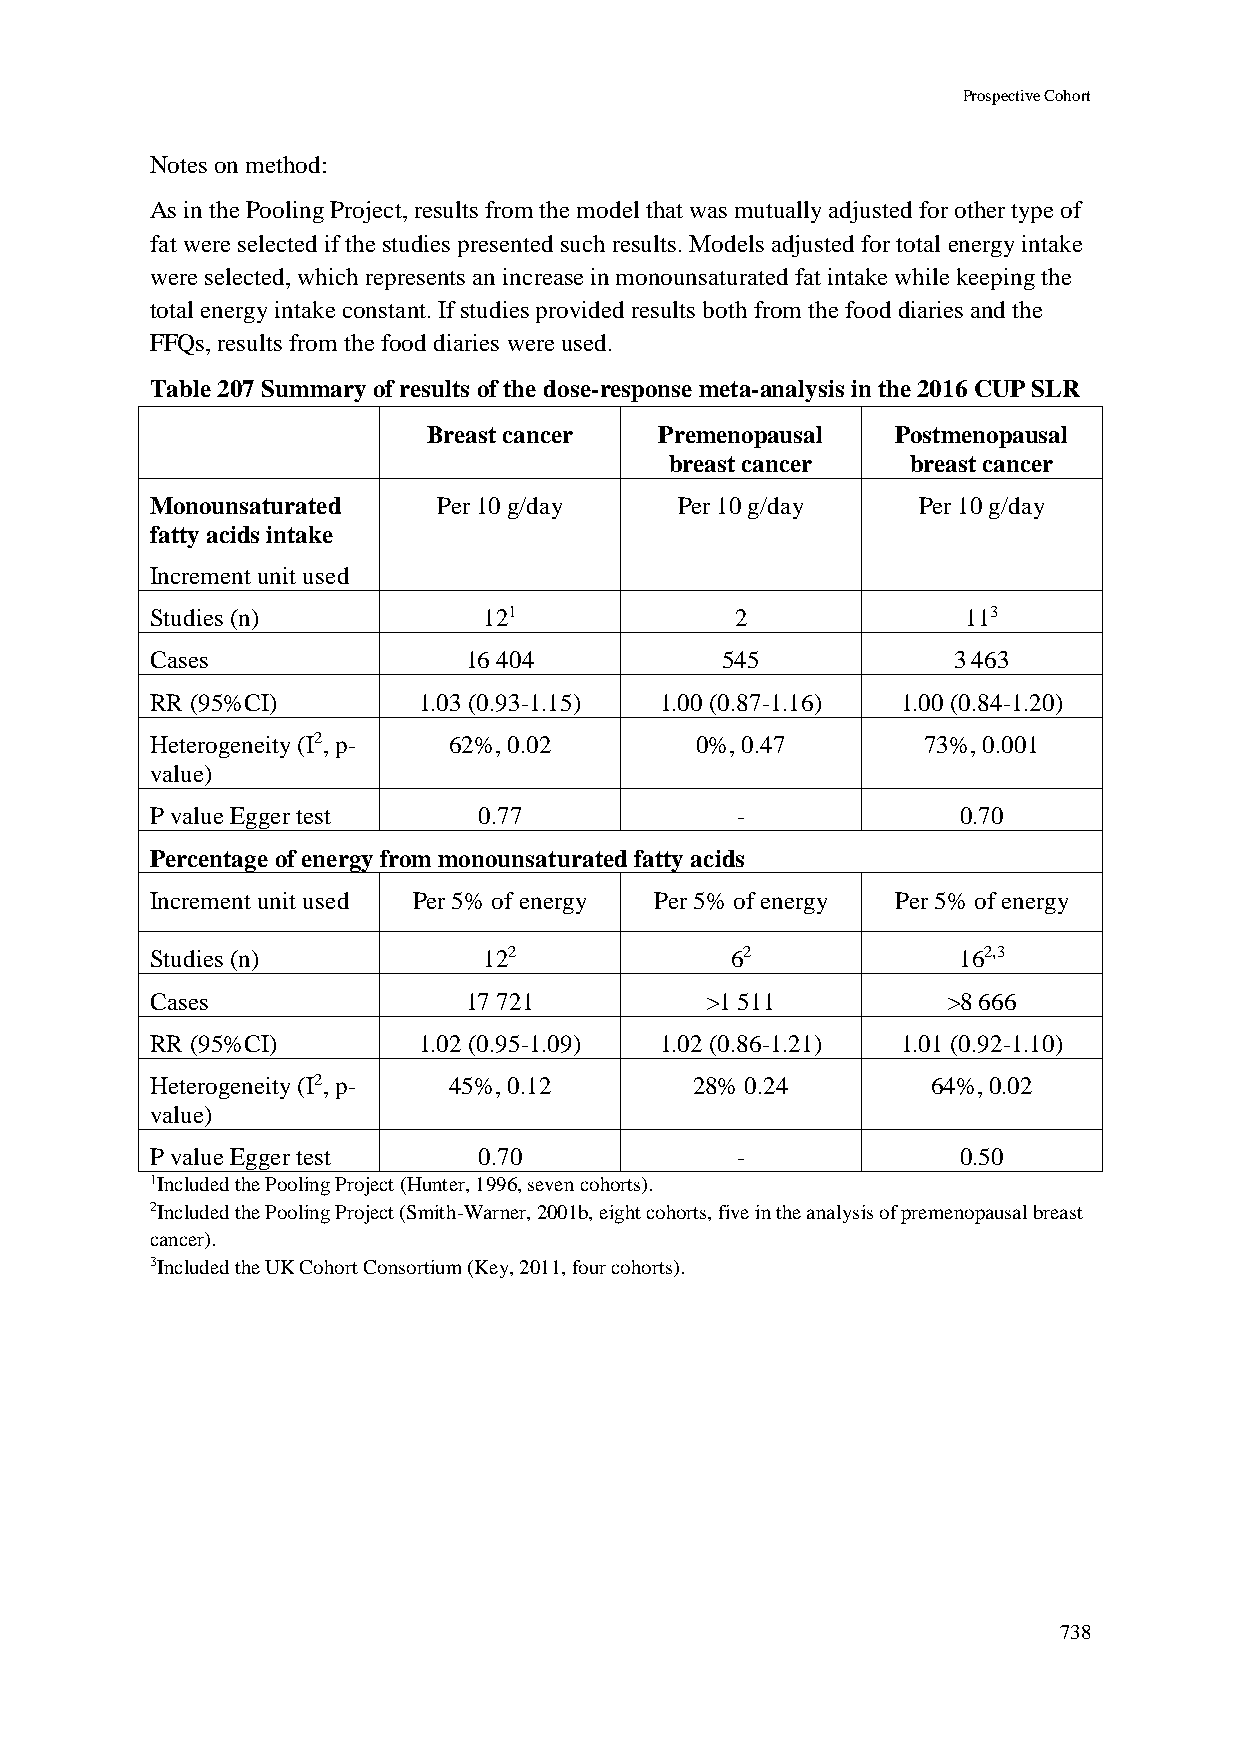
Prospective Cohort
 Notes on method:
 As in the Pooling Project, results from the model that was mutually adjusted for other type of
 fat were selected if the studies presented such results. Models adjusted for total energy intake
 were selected, which represents an increase in monounsaturated fat intake while keeping the
 total energy intake constant. If studies provided results both from the food diaries and the
 FFQs, results from the food diaries were used.
 Table 207 Summary of results of the dose-response meta-analysis in the 2016 CUP SLR
 Breast cancer   Premenopausal  Postmenopausal
 breast cancer   breast cancer
 Monounsaturated    Per 10 g/day    Per 10 g/day    Per 10 g/day
 fatty acids intake
 Increment unit used
 Studies (n)           121              2              113
 Cases                16 404           545            3 463
 RR (95%CI)        1.03 (0.93-1.15) 1.00 (0.87-1.16) 1.00 (0.84-1.20)
 Heterogeneity (I2, p- 62%, 0.02     0%, 0.47       73%, 0.001
 value)
 P value Egger test    0.77             -              0.70
 Percentage of energy from monounsaturated fatty acids
 Increment unit used Per 5% of energy Per 5% of energy Per 5% of energy
 Studies (n)           122             62             162,3
 Cases                17 721          >1 511          >8 666
 RR (95%CI)        1.02 (0.95-1.09) 1.02 (0.86-1.21) 1.01 (0.92-1.10)
 Heterogeneity (I2, p- 45%, 0.12     28% 0.24        64%, 0.02
 value)
 P value Egger test    0.70             -              0.50
 1Included the Pooling Project (Hunter, 1996, seven cohorts).
 2Included the Pooling Project (Smith-Warner, 2001b, eight cohorts, five in the analysis of premenopausal breast
 cancer).
 3Included the UK Cohort Consortium (Key, 2011, four cohorts).
 738